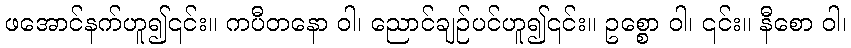
ဖအောင်နက်ဟူ၍၎င်း။ ကပီတနော ဝါ၊ ညောင်ချဉ်ပင်ဟူ၍၎င်း။ ဥစ္စော ဝါ၊ ၎င်း။ နီစော ဝါ၊